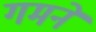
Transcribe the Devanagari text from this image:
गमने